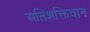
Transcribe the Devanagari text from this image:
अतिशक्तिवान